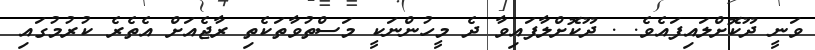
ވަނީ ދޫކޮށްލައިފައެވެ. . ދޫކޮށްލާފައިވާ ދެ މީހުންނަކީ މަސްތުވާތަކެތި ރާޖެއަށް އެތެރެ ކުރުމުގައި